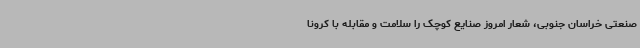
صنعتی خراسان جنوبی، شعار امروز صنایع کوچک را سلامت و مقابله با کرونا